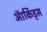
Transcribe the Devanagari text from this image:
ऑर्किड्स